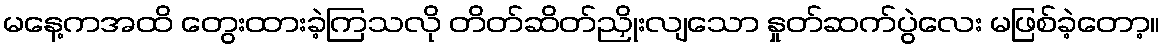
မနေ့ကအထိ တွေးထားခဲ့ကြသလို တိတ်ဆိတ်ညှိုးလျသော နှုတ်ဆက်ပွဲလေး မဖြစ်ခဲ့တော့။